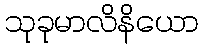
သုခုမာလိနိယော